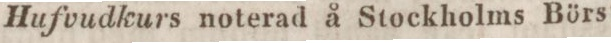
Hufvudkurs noterad å Stockholms Börs